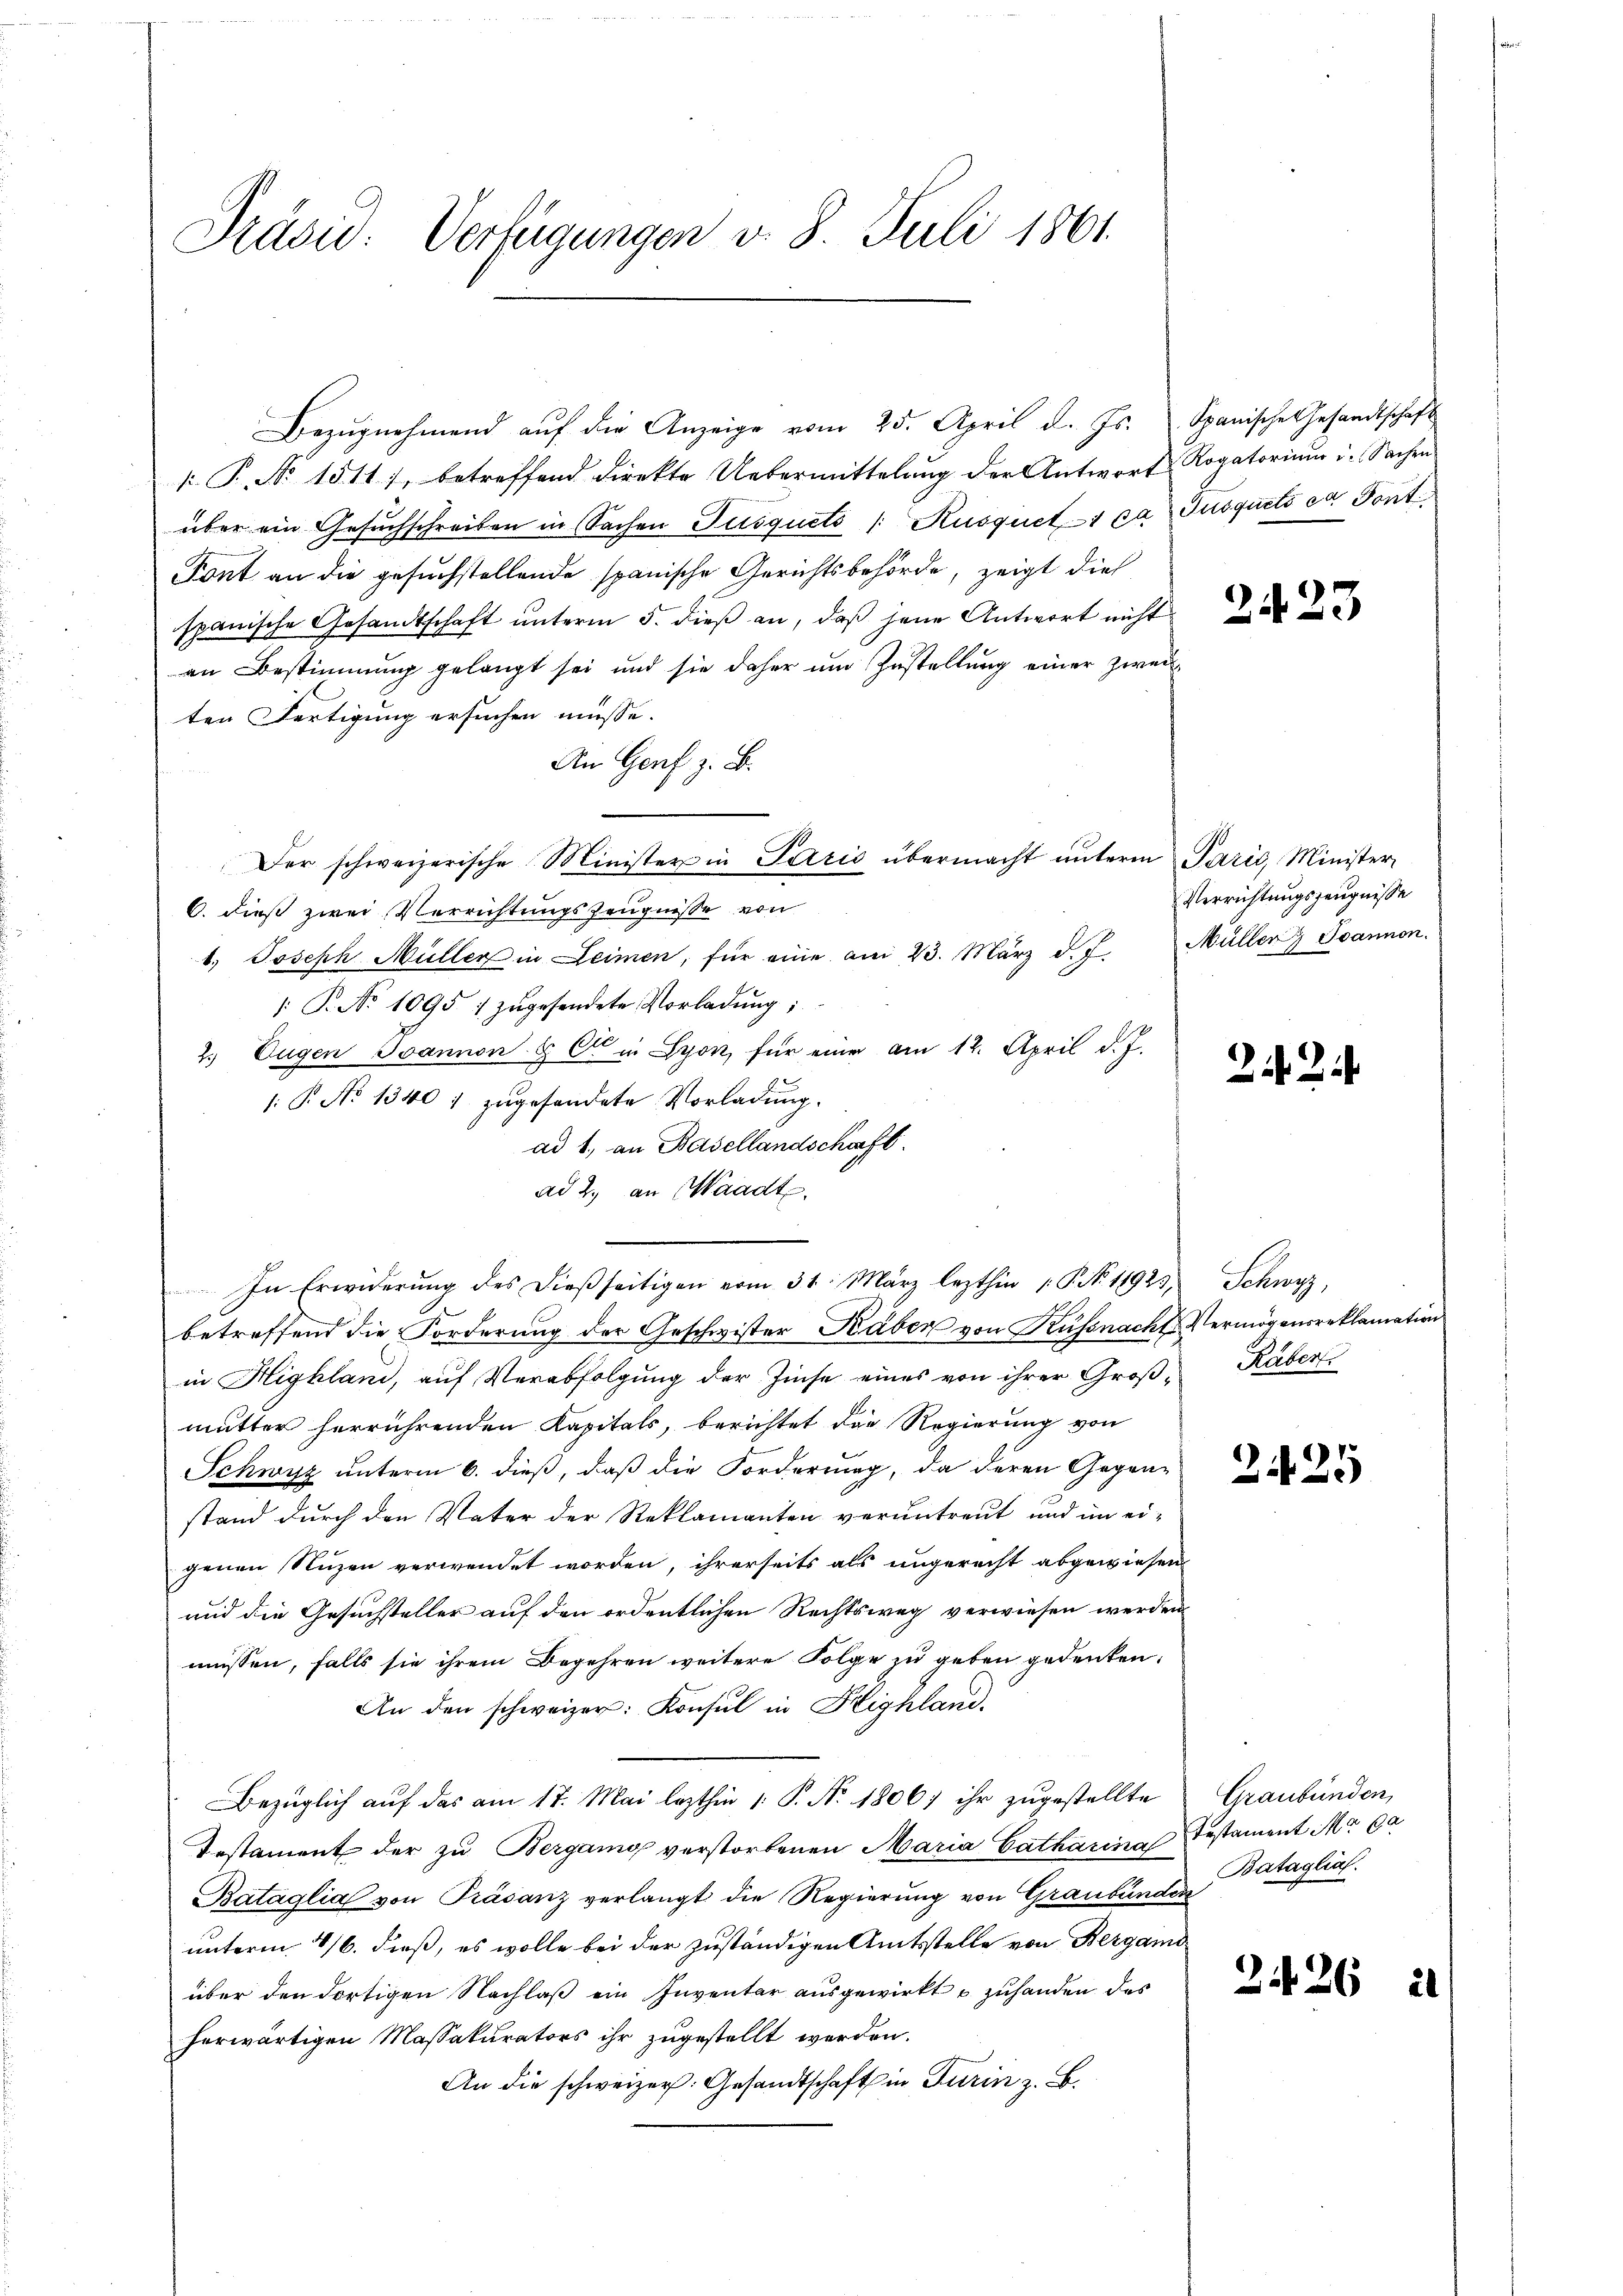
Präsid. Verfügungen v. 8. Juli 1861.

Bezugnehmend auf die Anzeige vom 25. April d. Js. Spanische Gesandtschaft
p. B. No 1511, betreffend direkte Uebermittelung der Antwort Rogatorium in Sachen
über ein Gesuchschreiben in Sachen Pusquets /: Ausquet, da Jusquets ca Pont
Tont an die gesuchstellende spanische Gerichtsbehörde, zeigt dies
spanische Gesandtschaft unterm 5. dieß an, daß jene Antwort nicht
an Bestimmung gelangt sei und sie daher ŭm Zustellŭng einer zwei-
ten Fertigung ersuchen müsse.
An Genf z. B.
Der schweizerische Minister in Paris übermacht ŭnterm Paris, Minister-
6. dieß zwei Verrichtungszeugnisse von
1.) Joseph Müller in Leimen, für eine am 23. März d. J. Müller Ivannon.
/. P. No 1095 : zŭgesendete Vorladung;
2. Eugen Joannon & C in Lyon, für eine am 12. April d. J.
: P. No 1340 1 zugesendete Vorladung.
ad 1, an Basellandschaft.
ad 2. an Waadt.
In Erwiderŭng des dieβ seitigen vom 31. März lezthin 1. P. Nr. 11923, Schwyz,
betreffend die Forderung der Geschwister Raben von Küssnacht Vermögensreklamation
in Highland, auf Verabfolgung der Zinse eines von ihrer Groß-Räber
mutter herrührenden Kapitals, berichtet die Regierung von
Schwyz unterm 6. dieß, daß die Forderung, da deren Gegen-
stand durch den Vater der Reklamanten veruntreut und im eigenen Nuzen verwendet worden, ihrerseits als ungerecht abgewiesen
und die Gesuchsteller auf den ordentlichen Rechtsweg verwiesen werden.
müssen, falls sie ihrem Begehren weitere Folge zu geben gedenken.
An den schweizer: Konsul in Highland.
Bezüglich auf das am 17. Mai lezthin 1. P. Nr. 1806) ihr zugestellte
Testament der zu Bergang verstorbenen Maria Catharina Testament Ma Ga
Bataglia von Präsanz verlangt die Regierung von Graubünden
unterm 1/6. dieß, es wolle bei der zuständigen Amtsstelle von Bergamo
über den dortigen Nachlaß ein Inventar ausgewirkt u zuhanden das
herwärtigen Massakurators ihr zugestellt worden.
An die schweizer. Gesandtschaft in Turin z. B.

24. 23

Verrichtungszeugnisse

242

225

Graubünden,
Bataglial

24 26

2